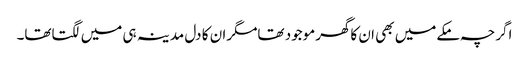
اگرچہ مکےمیں بھی ا ن کاگھرموجود تھامگران کا دل مدینہ ہی میں لگتاتھا۔